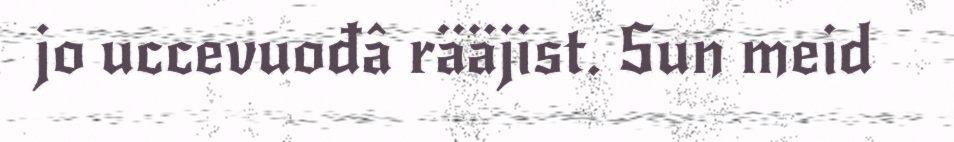
jo uccevuođâ rääjist. Sun meid